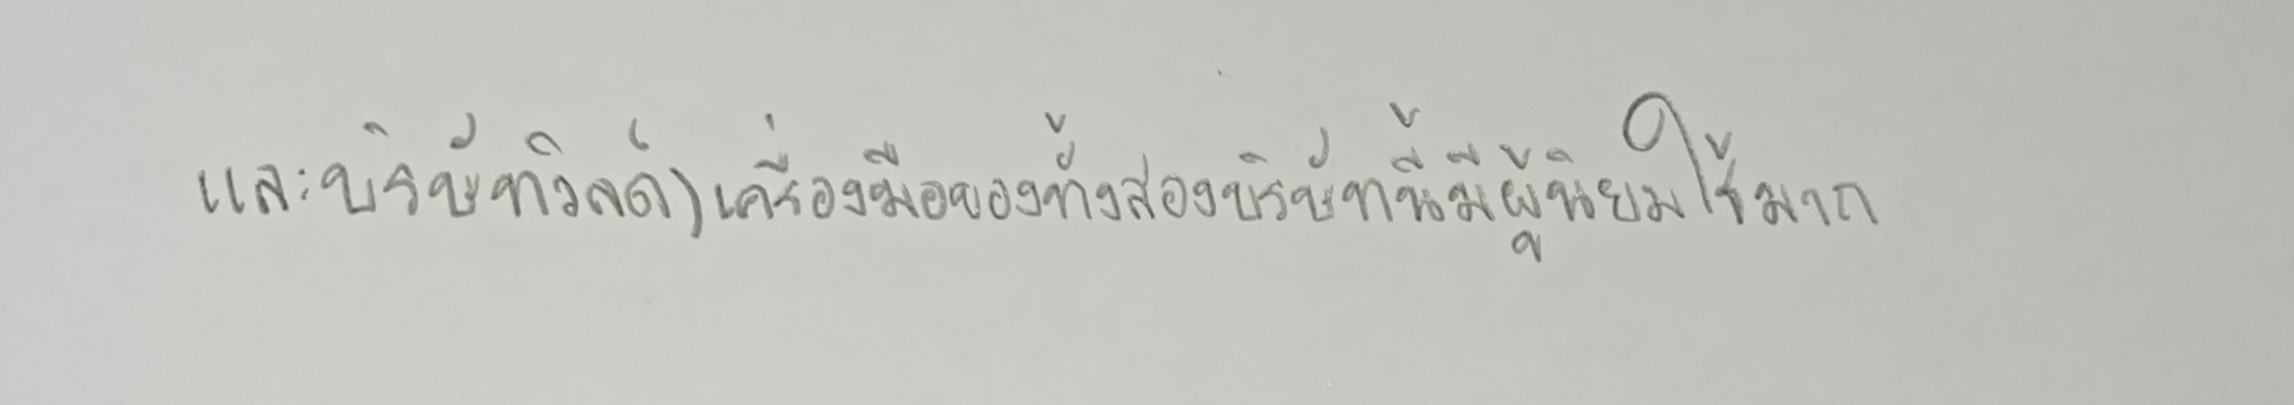
และบริษัทวิลด์)เครื่องมือของทั้งสองบริษัทนี้มีผู้นิยมใช้มาก